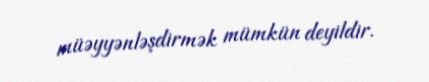
müəyyənləşdirmək mümkün deyildir.